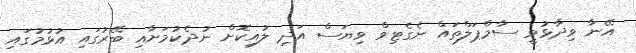
އޭނާ ވިދާޅުވީ ސާމްޕަލްތައް ނެގެޓިވް ވިޔަސް އަދި ލުއިކޮށް ނުދެކުމަށާއި ބޭރުގައި އުޅުމުގައި